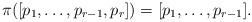
LaTeX: \begin{align*}\pi([p_1,\dots,p_{r-1},p_r]) = [p_1,\dots,p_{r-1}].\end{align*}